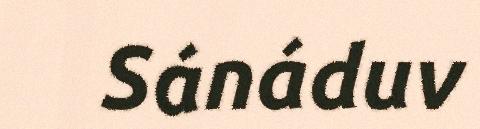
Sánáduv